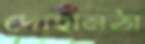
দোহানঠা